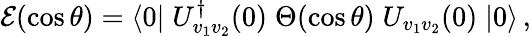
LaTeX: {\cal E}(\cos\theta)=\langle 0|\; U_{v_{1}v_{2}}^{\dagger}(0)\; \Theta(\cos\theta)\; U_{v_{1}v_{2}}(0)\; |0\rangle\, ,